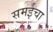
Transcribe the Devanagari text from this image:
समईचा